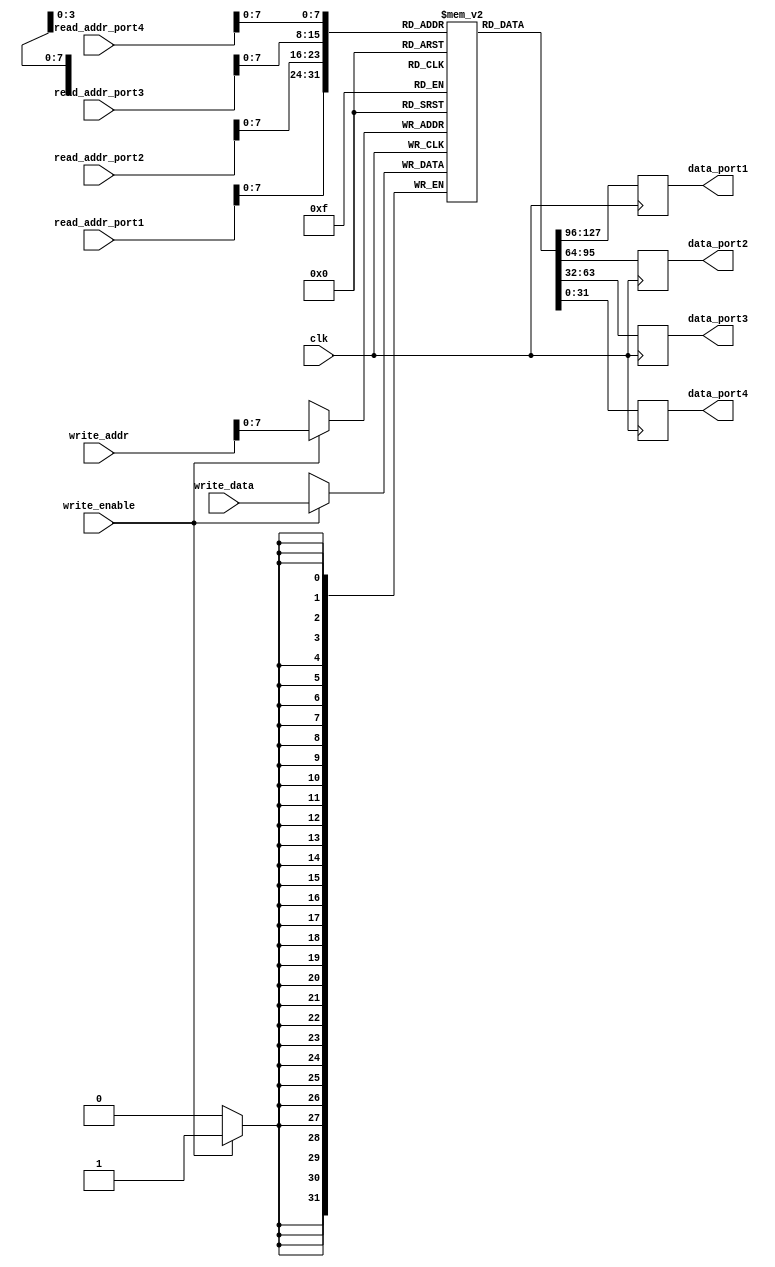
module register_file (
    input wire [31:0] read_addr_port1, // Read address port 1
    input wire [31:0] read_addr_port2, // Read address port 2
    input wire [31:0] read_addr_port3, // Read address port 3
    input wire [31:0] read_addr_port4, // Read address port 4
    input wire [31:0] write_addr, // Write address
    input wire [31:0] write_data, // Data to be written
    input wire write_enable, // Write enable signal
    input wire clk, // Clock signal
    
    output reg [31:0] data_port1, // Data read from port 1
    output reg [31:0] data_port2, // Data read from port 2
    output reg [31:0] data_port3, // Data read from port 3
    output reg [31:0] data_port4 // Data read from port 4
);
    
reg [31:0] registers [0:255]; // Array of registers with 256 registers, each capable of storing 32-bit data

always @(posedge clk) begin
    if (write_enable) begin
        registers[write_addr] <= write_data; // Write data to the specified register
    end
    
    data_port1 <= registers[read_addr_port1]; // Read data from port 1
    data_port2 <= registers[read_addr_port2]; // Read data from port 2
    data_port3 <= registers[read_addr_port3]; // Read data from port 3
    data_port4 <= registers[read_addr_port4]; // Read data from port 4
end

endmodule